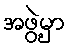
အဖွဲ့မှာ